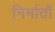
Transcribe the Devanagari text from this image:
निर्मातों